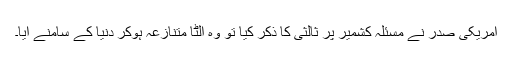
امریکی صدر نے مسئلہ کشمیر پر ثالثی کا ذکر کیا تو وہ الٹا متنازعہ ہوکر دنیا کے سامنے آیا۔